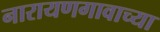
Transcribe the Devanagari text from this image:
नारायणगावाच्या